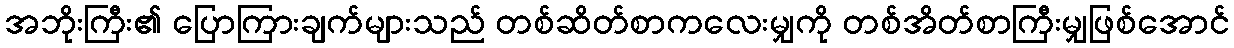
အဘိုးကြီး၏ ပြောကြားချက်များသည် တစ်ဆိတ်စာကလေးမျှကို တစ်အိတ်စာကြီးမျှဖြစ်အောင်